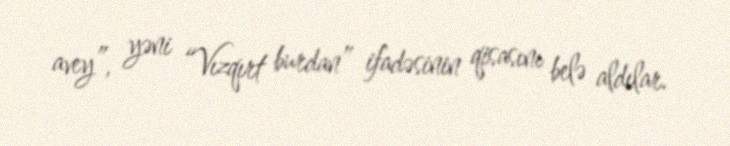
avey”, yəni “Vızqırt burdan” ifadəsinin qisasını belə aldılar.